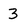
Character: 3